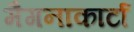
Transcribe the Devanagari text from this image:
मैगनाकार्टा